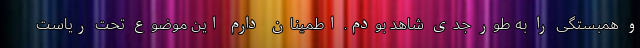
و همبستگی را به طور جدی شاهد بودم. اطمینان دارم این موضوع تحت ریاست